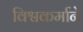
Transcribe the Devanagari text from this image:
विश्वकर्माने